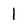
Character: l